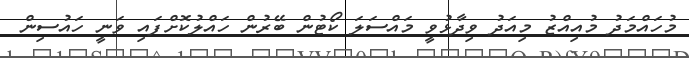
މުހައްމަދު މުއިއްޒު މިއަދު ވިދާޅުވީ މައްސަލަ ކޯޓުން ބޭރުން ހައްލުކޮށްފައި ވަނީ ހައުސިން